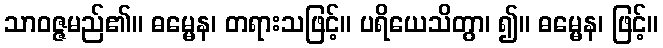
သာဝဇ္ဇမည်၏။ ဓမ္မေန၊ တရားသဖြင့်။ ပရိယေသိတွာ၊ ၍။ ဓမ္မေန၊ ဖြင့်။